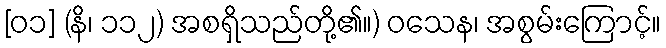
[၀၁] (နိ၊ ၁၁၂) အစရှိသည်တို့၏။) ဝသေန၊ အစွမ်းကြောင့်။